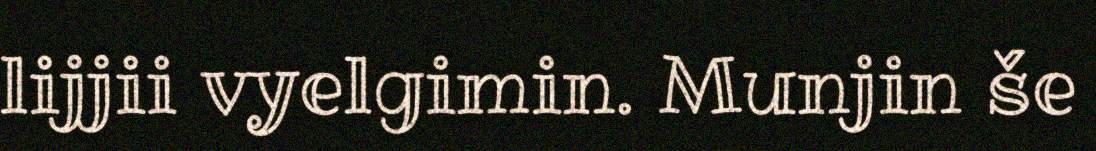
lijjii vyelgimin. Munjin še